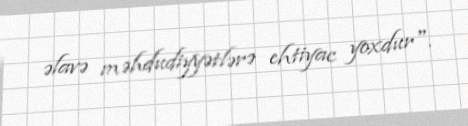
əlavə məhdudiyyətlərə ehtiyac yoxdur".